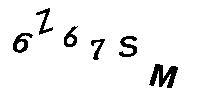
6Z67SM